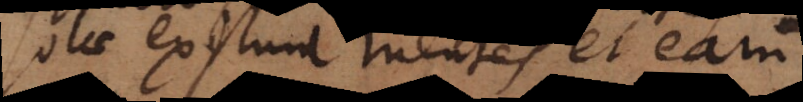
solae existunt mentes et earum